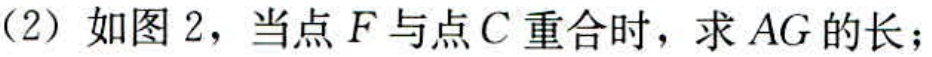
(2) 如图 2，当点 \(F\) 与点 \(C\) 重合时，求 \(AG\) 的长；